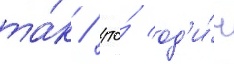
та́к / что́ од'и́н